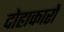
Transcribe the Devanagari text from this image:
दोहाकारों